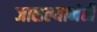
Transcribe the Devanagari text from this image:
जाळल्यानेही